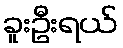
ခူးဦးရယ်